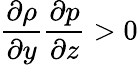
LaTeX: \frac{\partial\rho}{\partial y}\frac{\partial p}{\partial z}>0